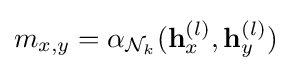
m_{x,y}=\alpha _{{\mathcal {N}}_{k}}(\mathbf {h} _{x}^{(l)},\mathbf {h} _{y}^{(l)})